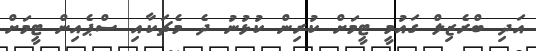
އަދި ބްރެޒިލް ގައުމީ ޓީމަށް ކުރިން ކުޅުނު ދެ މެޗަކާއި ސްޕެއިން ޓީމަށް